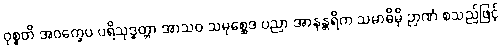
ဝုစ္စတိ အဝက္ခေပ ပရိသုဒ္ဓတ္တာ အာသဝ သမုစ္ဆေဒ ပညာ အာနန္တရိက သမာဓိမှိ ဉာဏံ စသည်ဖြင့်